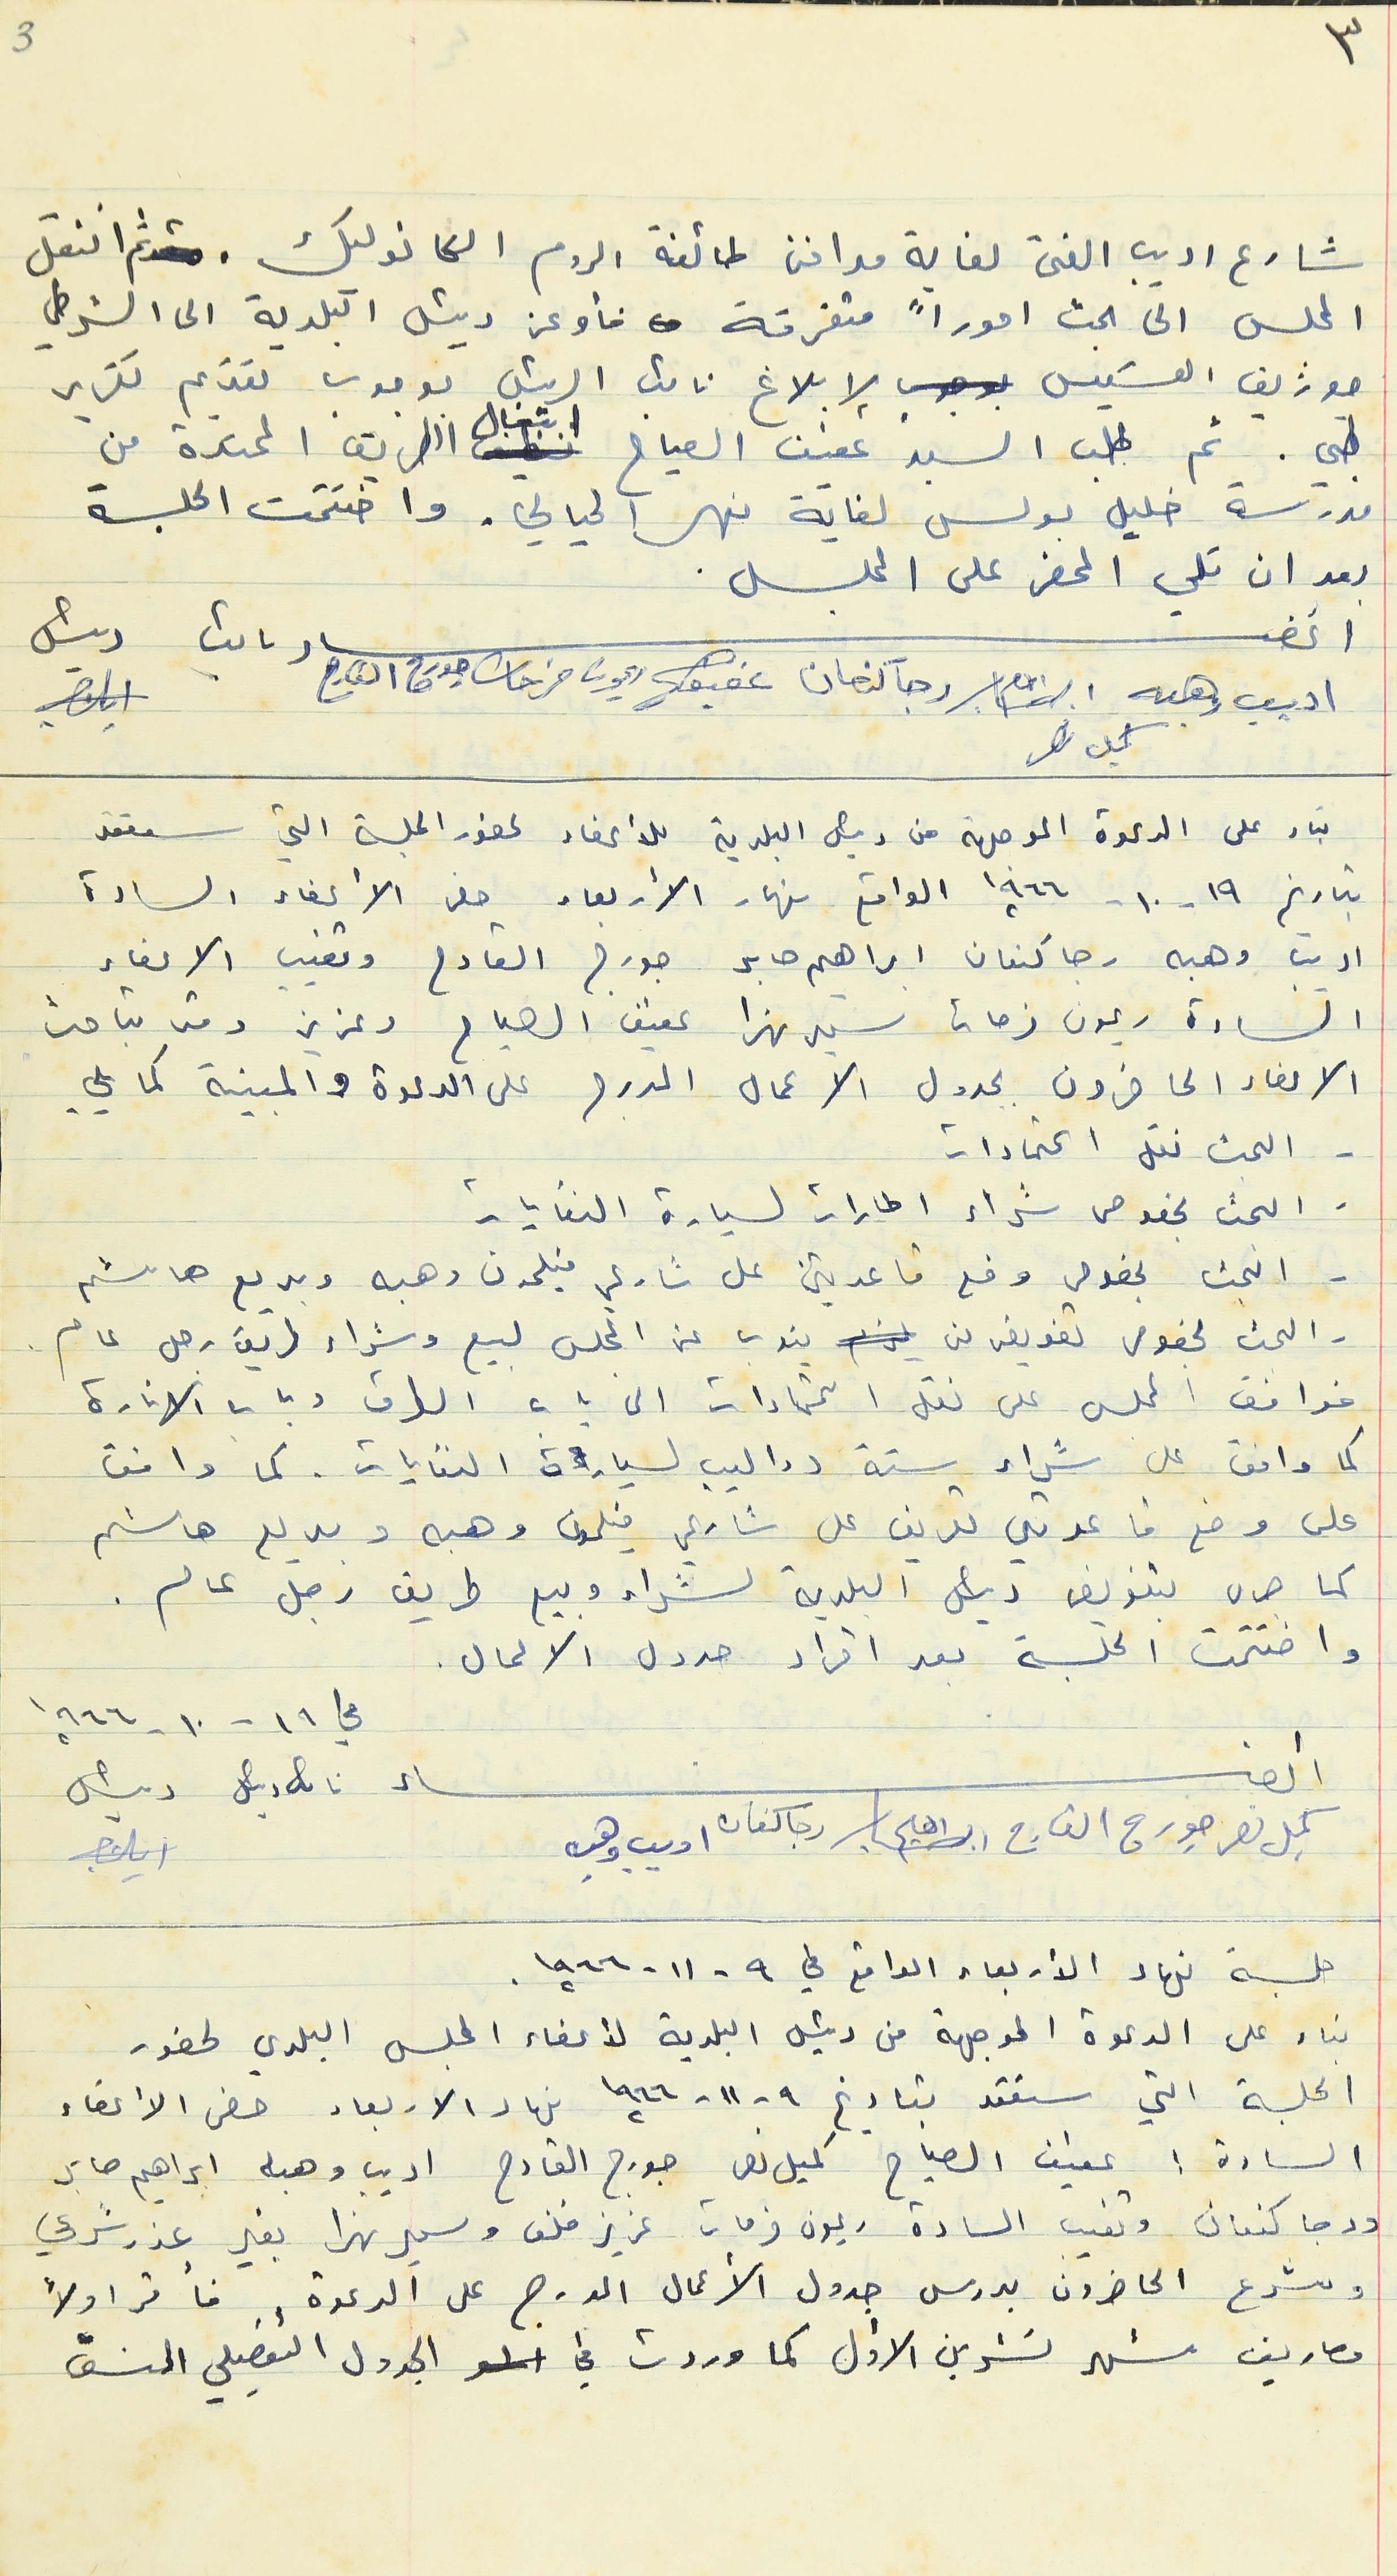
شارع اديب الفتى لغاية مدافن طائفة الروم الكاتوليك. ثم انتقل
المجلس الى بحث اموراً متفرقة فأوعز رئيس البلدية الى الشرطي
جوزيف القسيس لإبلاغ نائب الرئيس بوجوب تقديم تقرير
طبي. ثم طلب السيد عفيف الصياح اشغال الطريق الممتدة من
مدرسة خليل بولس لغاية نهر الحيالي. واختتمت الجلسة
بعد ان تلي الحضر على المجلس .
اعضاء نائب رئيس
اديب وهبه رجا كنعان عفيف ريمون فرحات جورج القارح
كميل نصر
بناء على الدعوة الموجهة من رئيس البلدية للأعضاء لحضور الجلسة التي ستعقد
بتاريخ ١٩ - ١٠ - ١٩٦٦ الواقع نهار الأربعاء حضر الأعضاء السادة
اديب وهبه رجا كنعان ابراهيم صابر جورج القارح وتغيب الاعضاء
السادة ريمون فرحات سهيل نهرا عفيف الصياح وعزيز وقد تباحث
الاعضاء الحاضرون بجدول الاعمال المدرج على الدعوة والمبينة كما يلي
- البحث نقل اعتمادات
- البحث بخصوص شراء اطارات لسيارة النفايات
- البجث بخصوص وضع قاعدتين على شارع فيلمون وهبه وبديع هاشم
- البحث بخصوص تفويض من ينوب عن المجلس لبيع وشراء طريق رجل عام .
فوافق المجلس على نقل اعتمادات الى باب الطرق وباب الانارة
كما وافق على شراء ستة دواليب لسيارة النفايات . كما وافق
على وضع قاعدتي تعريف على شارع فيلمون وهبه وبديع هاشم
كما جرى بتفويض رئيس البلدية لشراء وبيع طريق رجل عام .
واختتمت الجلسة بعد اقراد حدول الاعمال .
جلسة نهار الأربعاء الواقع في ٩ - ١١ - ١٩٦٦.
بناء على الدعوة الموجهة من رئيس البلدية لأعضاء المجلس البلدي لحضور
الجلسة التي ستعقد بتاريخ ١٩ - ١١- ١٩٦٦ نهار الاربعاء حضر الأعضاء
السادة: عفيف الصياح كميل نصر جورج القارح اديب وهبه ابراهيم صابر
ورجا كنعان وتغيب السادة ريمون فرحات عزيز خلف وسمير نهرا بغير عذر شرعي
وشرع الحاضرون بدرس جدول الأعمال المدرج على الدعوة فأقر اولاً
مصاريف شهر تشرين الأول كما وردت في الجدول التفصيلي المنسق
في ١٩ - ١٠ - ١٩٦٦
أعضاء نائب رئيس رئيس
كميل نصر جورج القارج ابراهيم رجا كنعان اديب وهبه
٣
3